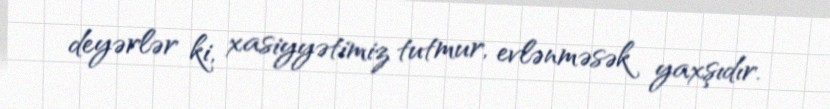
deyərlər ki, xasiyyətimiz tutmur, evlənməsək yaxşıdır.